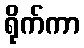
ရိုက်ကာ